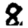
Digit: 8